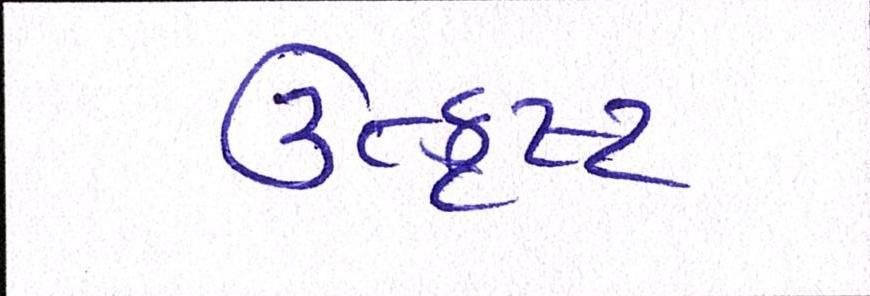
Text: ઉત્કૃષ્ટ